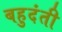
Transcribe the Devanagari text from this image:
बहुदंती